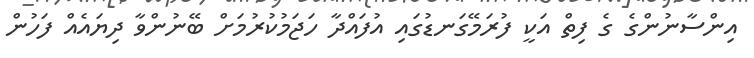
އިންސާނުންގެ ގެ ފިތް އަކީ ފުރަމޭގަނޑުގައި އުފައްދާ ހަޖަމުކުރުމަށް ބޭނުންވާ ދިޔައެއް ފަހުން